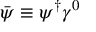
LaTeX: { \bar { \psi } } \equiv \psi ^ { \dagger } \gamma ^ { 0 }